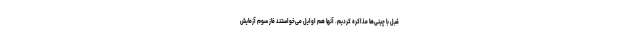
قبل با چینی‌ها مذاکره کردیم. آنها هم اوایل می‌خواستند فاز سوم آزمایش